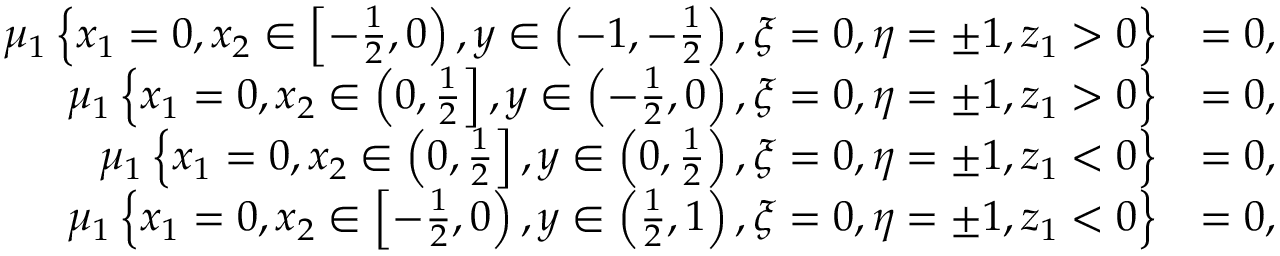
\begin{array} { r l } { \mu _ { 1 } \left\{ x _ { 1 } = 0 , x _ { 2 } \in \left[ - \frac { 1 } { 2 } , 0 \right) , y \in \left( - 1 , - \frac { 1 } { 2 } \right) , \xi = 0 , \eta = \pm 1 , z _ { 1 } > 0 \right\} } & { = 0 , } \\ { \mu _ { 1 } \left\{ x _ { 1 } = 0 , x _ { 2 } \in \left( 0 , \frac { 1 } { 2 } \right] , y \in \left( - \frac { 1 } { 2 } , 0 \right) , \xi = 0 , \eta = \pm 1 , z _ { 1 } > 0 \right\} } & { = 0 , } \\ { \mu _ { 1 } \left\{ x _ { 1 } = 0 , x _ { 2 } \in \left( 0 , \frac { 1 } { 2 } \right] , y \in \left( 0 , \frac { 1 } { 2 } \right) , \xi = 0 , \eta = \pm 1 , z _ { 1 } < 0 \right\} } & { = 0 , } \\ { \mu _ { 1 } \left\{ x _ { 1 } = 0 , x _ { 2 } \in \left[ - \frac { 1 } { 2 } , 0 \right) , y \in \left( \frac { 1 } { 2 } , 1 \right) , \xi = 0 , \eta = \pm 1 , z _ { 1 } < 0 \right\} } & { = 0 , } \end{array}